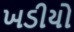
ખડીયો